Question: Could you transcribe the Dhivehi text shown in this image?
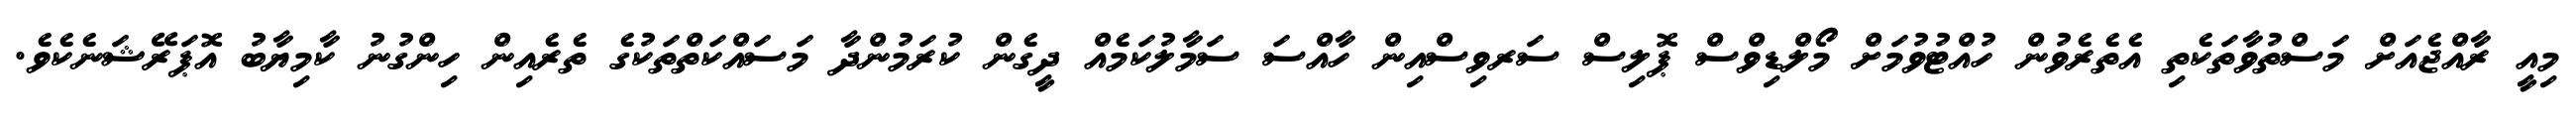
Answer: މިއީ ރާއްޖެއަށް މަސްތުވާތަކެތި އެތެރެވުން ހުއްޓުވުމަށް މޯލްޑިވްސް ޕޮލިސް ސަރވިސްއިން ހާއްސަ ސަމާލުކަމެއް ދީގެން ކުރަމުންދާ މަސައްކަތްތަކުގެ ތެރެއިން ހިންގުނު ކާމިޔާބު އޮޕަރޭޝަނެކެވެ.